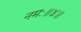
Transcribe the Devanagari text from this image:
नमः॥४॥